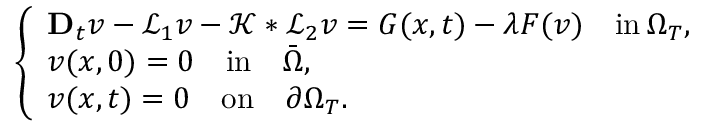
\left\{ \begin{array} { l l } { \mathbf { D } _ { t } v - \mathcal { L } _ { 1 } v - \mathcal { K } * \mathcal { L } _ { 2 } v = G ( x , t ) - \lambda F ( v ) \quad \mathrm { i n } \, \Omega _ { T } , } \\ { v ( x , 0 ) = 0 \quad \mathrm { i n } \quad \bar { \Omega } , } \\ { v ( x , t ) = 0 \quad \mathrm { o n } \quad \partial \Omega _ { T } . } \end{array} \right.